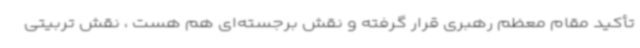
تأکید مقام معظم رهبری قرار گرفته و نقش برجسته‌ای هم هست ، نقش تربیتی